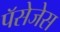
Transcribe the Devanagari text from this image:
पॅसेजेस